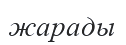
жарады